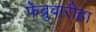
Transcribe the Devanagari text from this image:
फेब्रुवारीहा